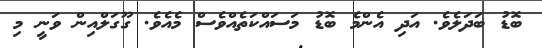
ބޮޑު ބަދަލެވެ. އަދި އެންމެ ބޮޑު މަސައްކަތެއްވެސް މެއެވެ. ގޫގަލްއިން ވަނީ މި